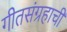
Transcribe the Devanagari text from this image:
गीतसंग्रहाची